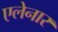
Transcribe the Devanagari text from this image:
एलेनार